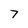
Character: 7